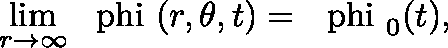
\operatorname * { l i m } _ { r \rightarrow \infty } \mathrm { \boldmath ~ \ p h i ~ } ( r , \theta , t ) = \mathrm { \boldmath ~ \ p h i ~ } _ { 0 } ( t ) ,